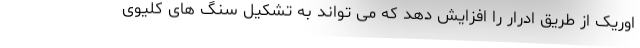
اوریک از طریق ادرار را افزایش دهد که می تواند به تشکیل سنگ های کلیوی